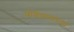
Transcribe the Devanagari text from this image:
वोडेयाराच्या